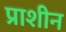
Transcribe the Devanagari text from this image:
प्राशीन